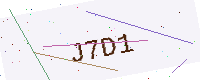
Text: J7D1